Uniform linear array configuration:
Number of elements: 16
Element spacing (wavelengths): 1
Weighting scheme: hamming
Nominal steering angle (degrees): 60
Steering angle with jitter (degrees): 59.403
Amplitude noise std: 0.05
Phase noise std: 0.05

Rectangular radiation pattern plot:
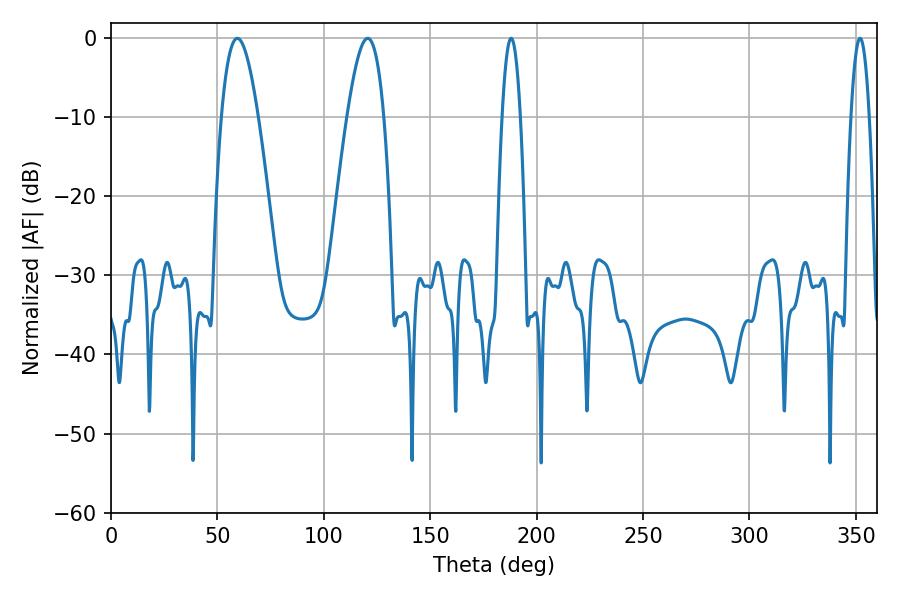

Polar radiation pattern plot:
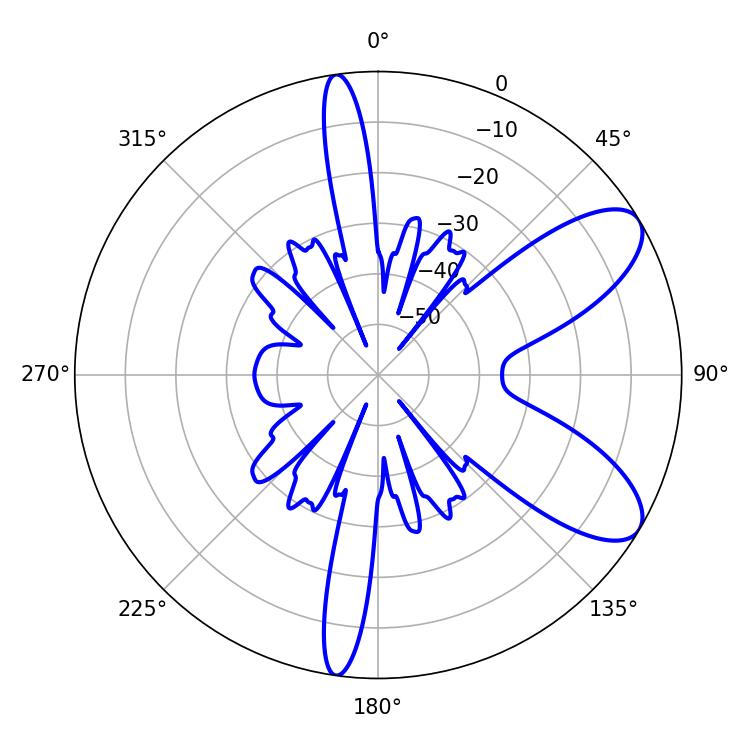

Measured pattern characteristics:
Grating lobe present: TRUE
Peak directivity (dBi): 8.499
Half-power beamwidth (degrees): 9.36
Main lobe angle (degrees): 59.4